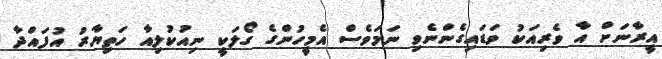
އީރާނަށް އާ ވެރިއަކު ވަޑައިގެންނެވި ނަމަވެސް އެމީހުންގެ ގޯލަކީ ނިއުކުލިއާ ހަތިޔާރު އުފައްދާ